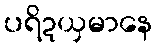
ပရိဍယှမာနေ